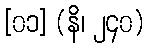
[၀၁] (နိ၊ ၂၄၀)